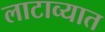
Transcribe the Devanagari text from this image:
लाटाव्यात